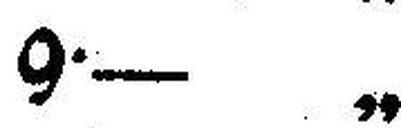
9•— „